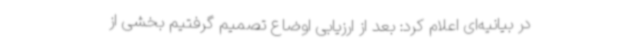
در بیانیه‌ای اعلام کرد: بعد از ارزیابی اوضاع تصمیم گرفتیم بخشی از